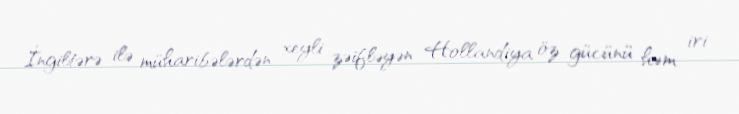
İngiltərə ilə müharibələrdən xeyli zəifləyən Hollandiya öz gücünü həm iri